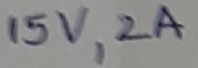
Text: 15V,2A